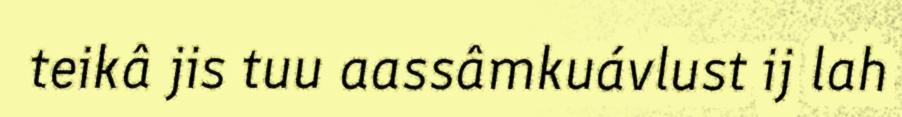
teikâ jis tuu aassâmkuávlust ij lah